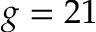
g = 2 1